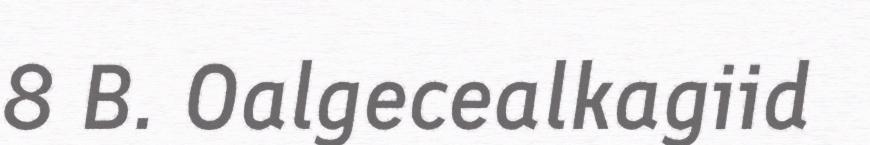
8 B. Oalgecealkagiid